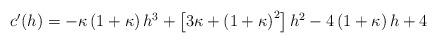
LaTeX: \begin{align*} \begin{aligned} c'(h) = -\kappa\left(1+\kappa\right) h^3 + \left[3\kappa + \left(1+\kappa\right)^2\right] h^2 -4\left(1+\kappa\right) h + 4 \end{aligned} \end{align*}